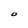
Character: 0